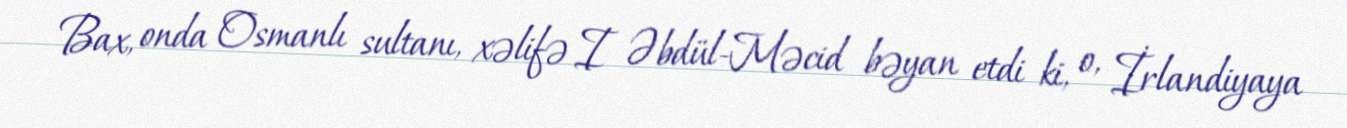
Bax, onda Osmanlı sultanı, xəlifə I Əbdül-Məcid bəyan etdi ki, o, İrlandiyaya